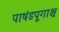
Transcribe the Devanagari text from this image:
पाषंडपूगाश्च